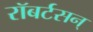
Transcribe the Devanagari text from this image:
रॉबर्टसन्